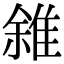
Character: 雓